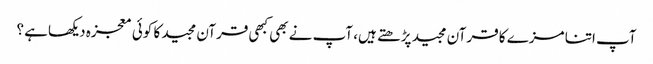
آپ اتنا مزے کا قرآن مجید پڑھتے ہیں، آپ نے بھی کبھی قرآن مجید کا کوئی معجزہ دیکھاہے ؟